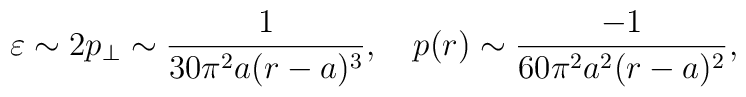
\varepsilon \sim 2p_\perp \sim \frac{1}{30\pi ^2a(r-a)^3},\quad p(r) \sim \frac{-1}{60\pi ^2a^2(r-a)^2},